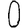
Digit: 0